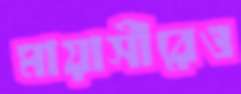
মায়াসীরেও